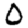
Digit: 0